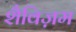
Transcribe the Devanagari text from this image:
शैविज़म